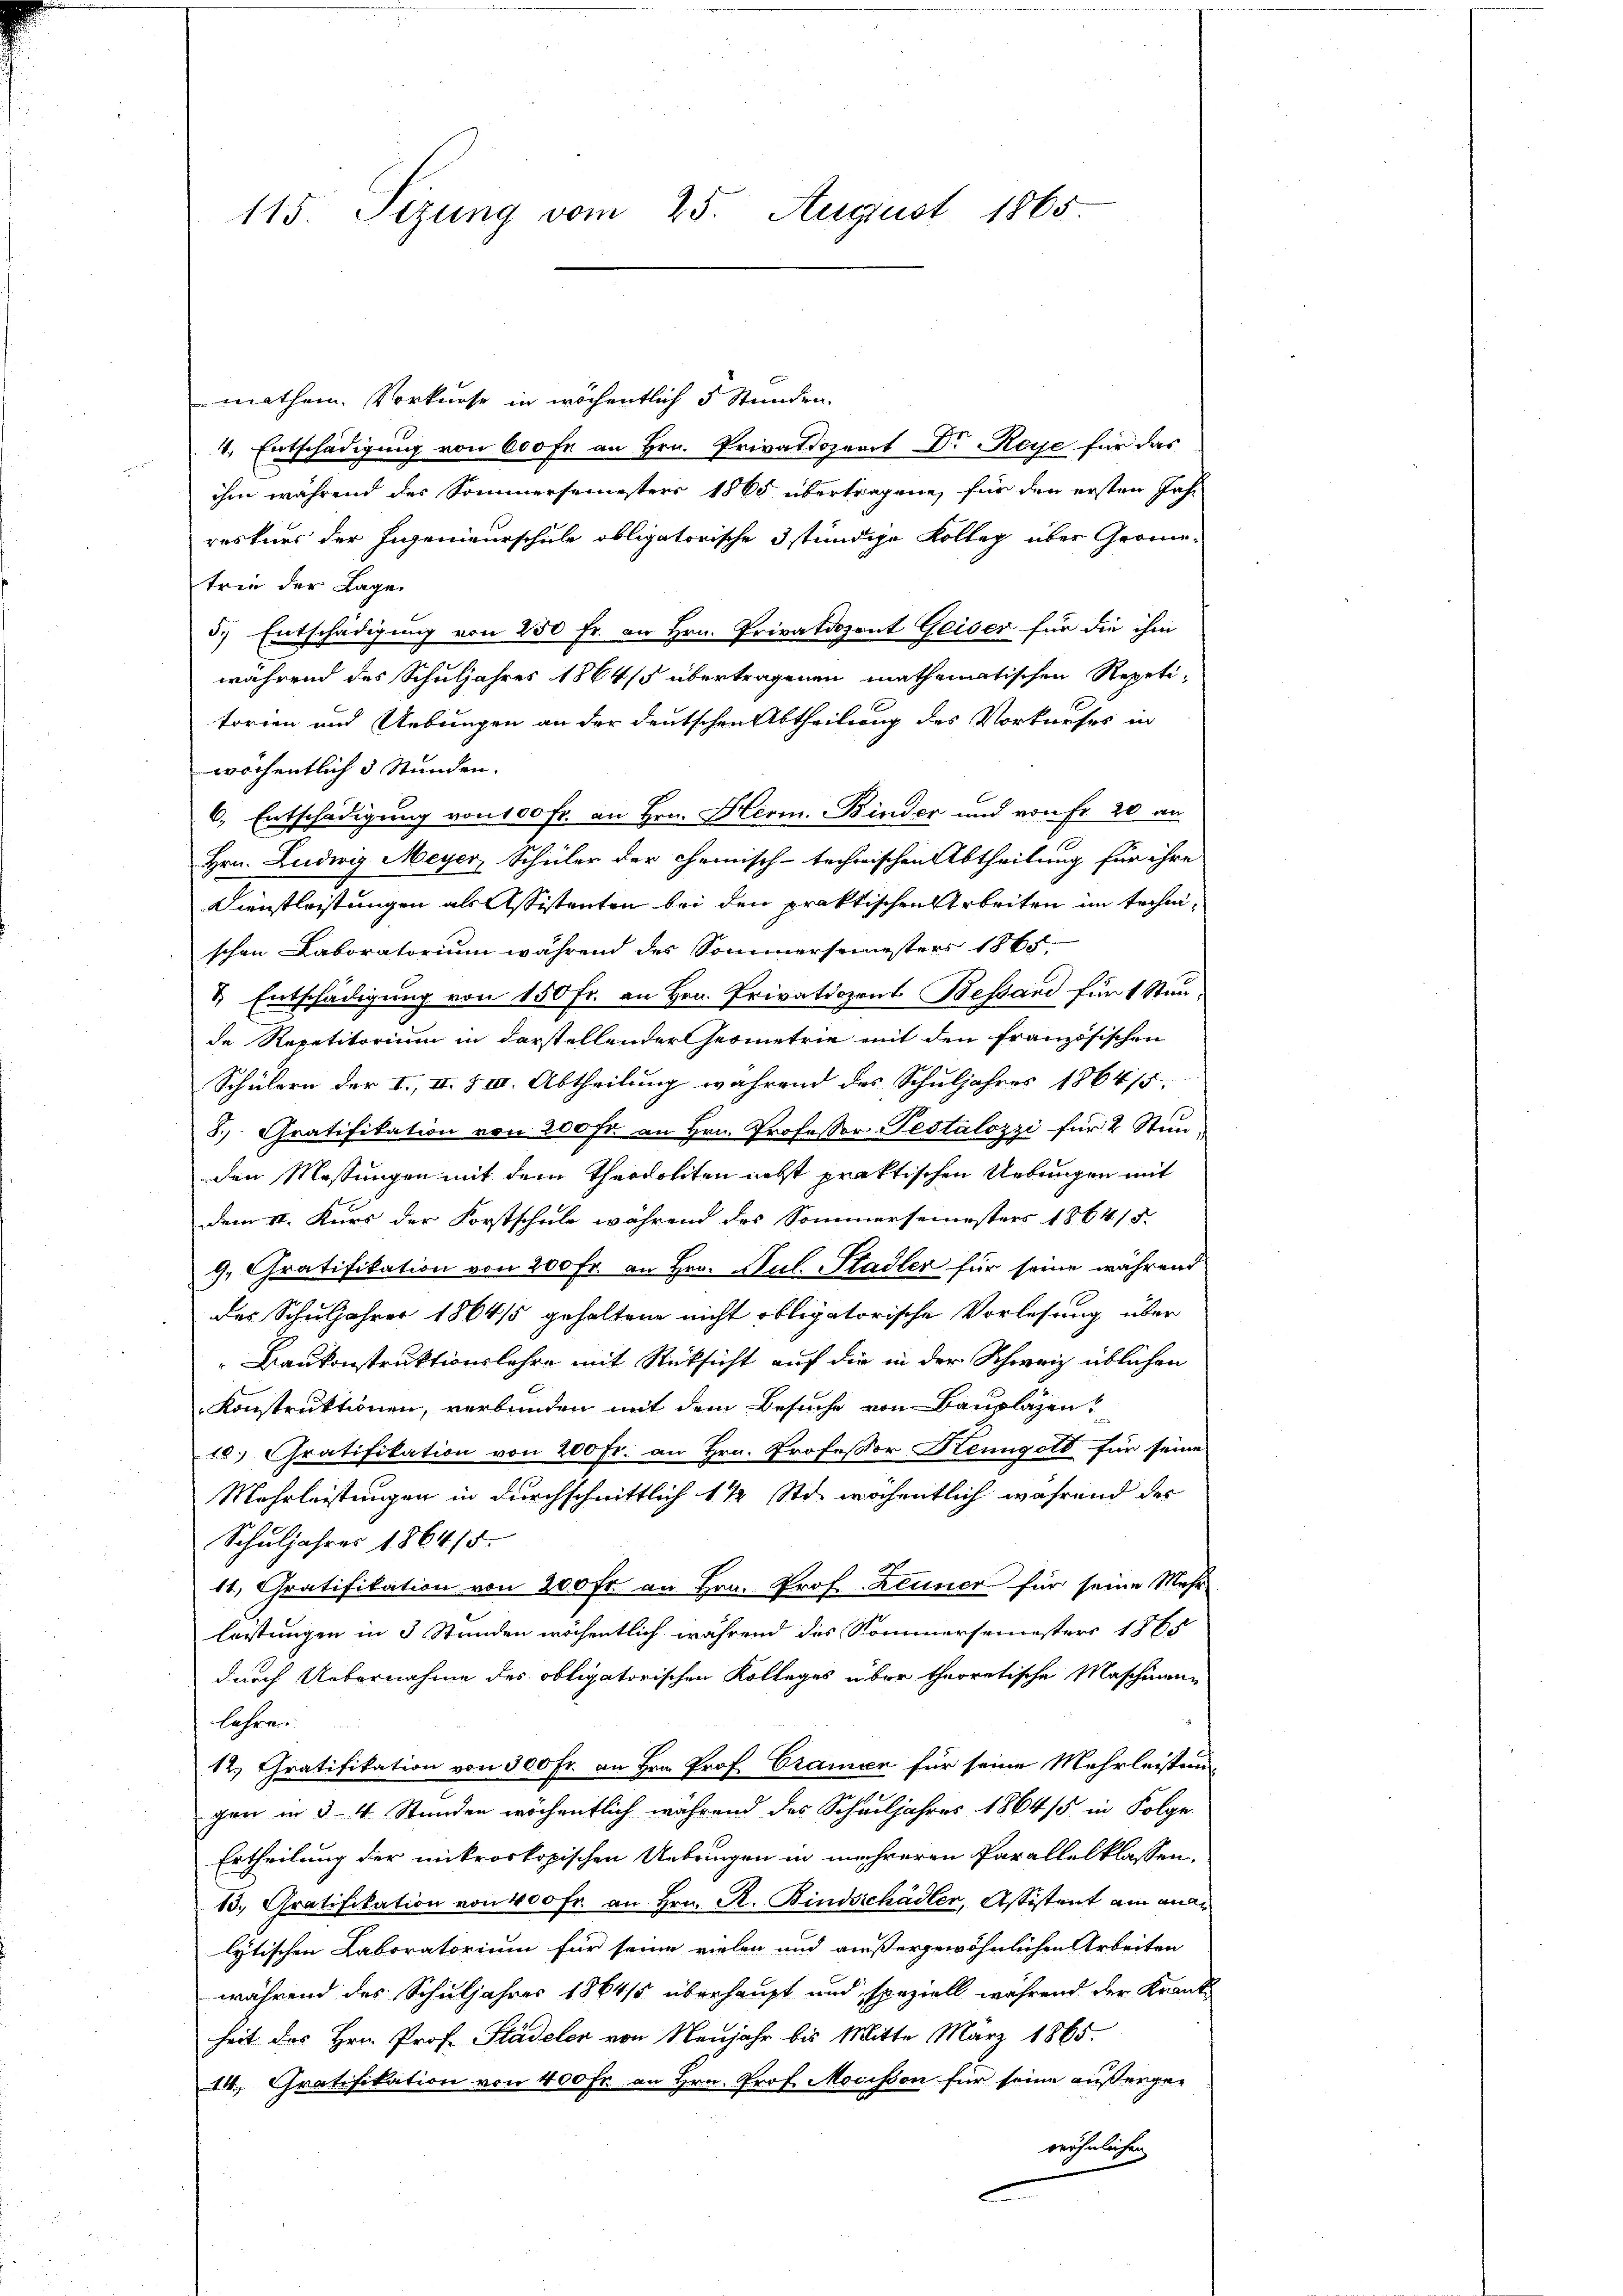
115. Sezung vom 25. August 1865.

Mathem. Vorkurse in wöchentlich 5 Stunden.
4. Entschädigung von 600 Fr. an Hrn. Privatdozent Dr. Reye für das
ihm während des Sommersemesters 1865 übertragene, für den ersten Jahr
reskurs der Eigenieurschule obligatorische 3stündige Kolleg über Grometrie der Lage
5.) Entschädigung von 250 Fr. an Hrn. Privatdozent Geiser für die ihm
während des Schuljahres 1864/5 übertragenen mathematischen Repetitorien und Uebungen an der deutschen Abtheilung des Vorkaufes in
wöchentlich 3 Stunden.
6., Entschädigung von 100 fr. an Hrn. Herm. Binder und von Fr. 20 an
Hrn. Ludwig Meyer, Schüler der chemisch-technischen Abtheilung für ihre
Dienstleistungen als Assistenten bei den praktischen Arbeiten im technischen Laboratorium während des Sommersemesters 1865.
& Entschädigung von 150 fr. an Hrn. Privatdozent Bestand für 1 Stunde Repetitorium in darstellender Geometrie mit den französischen
Schülern der I., II § III. Abtheilung während des Schuljahres 1864/5.
8.) Gratifikation von 200 fr. an Hrn. Professor Pestalozzi für 2 Stunden Messungen mit dem Theodoliten nebst praktischen Uebungen mit
dem II. Kurs der Forstschule während des Sommersemesters 1864/5.
9. Gratifikation von 200 Fr. an Hrn. Jul. Stadler für seine während
das Schuljahrer 1864/5 gehaltene nicht obligatorische Vorlesung über
" Baukonstruktionslehre mit Rücksicht auf die in der Schweiz üblichen
Konstruktionen, verbunden mit dem Besuche von Bauplazen?
10.) Gratifikation von 200 fr. an Hrn. Professor Kenngott für seine
Mehrleistungen in durchschnittlich 1 1/2 Sti wöchentlich während der
Schuljahres 1864/5.
11, Gratifikation von 200 fr an Hrn. Prof. Leuner für seine Mehr
leistungen in 3 Stunden wöchentlich während des Kommersemesters 1865
durch Uebernahme des obligatorischen Kolleges über theoretische Maschinen
lehren:
12. Gratifikation von 300 Fr. an Hrn. Prof. Cramen für seine Mehrleistung
gen in 3-4 Stunden wöchentlich während des Schuljahres 1864/5 in Folge.
Ertheilung der mikroskopischen Uebringen in mehreren Parallelklassen.
13. Gratifikation von 400 fr. an Hrn. R. Bindsschädler, Assistant am anni
lytischen Laboratorium für seine vielen und außergewöhnlichen Arbeiten
während des Schuljahres 1864/5 überhaupt und speziell während der Krankheit des Hrn. Prof. Städeler von Neujahr bis Mitte März 1865.
14. Gratifikation von 400 Fr. an Hrn. Prof. Mocisson für seine außerge-
wöhnlichen